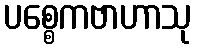
ပစ္စေကဗာဟာသု